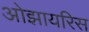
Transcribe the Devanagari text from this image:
ओझायरिस